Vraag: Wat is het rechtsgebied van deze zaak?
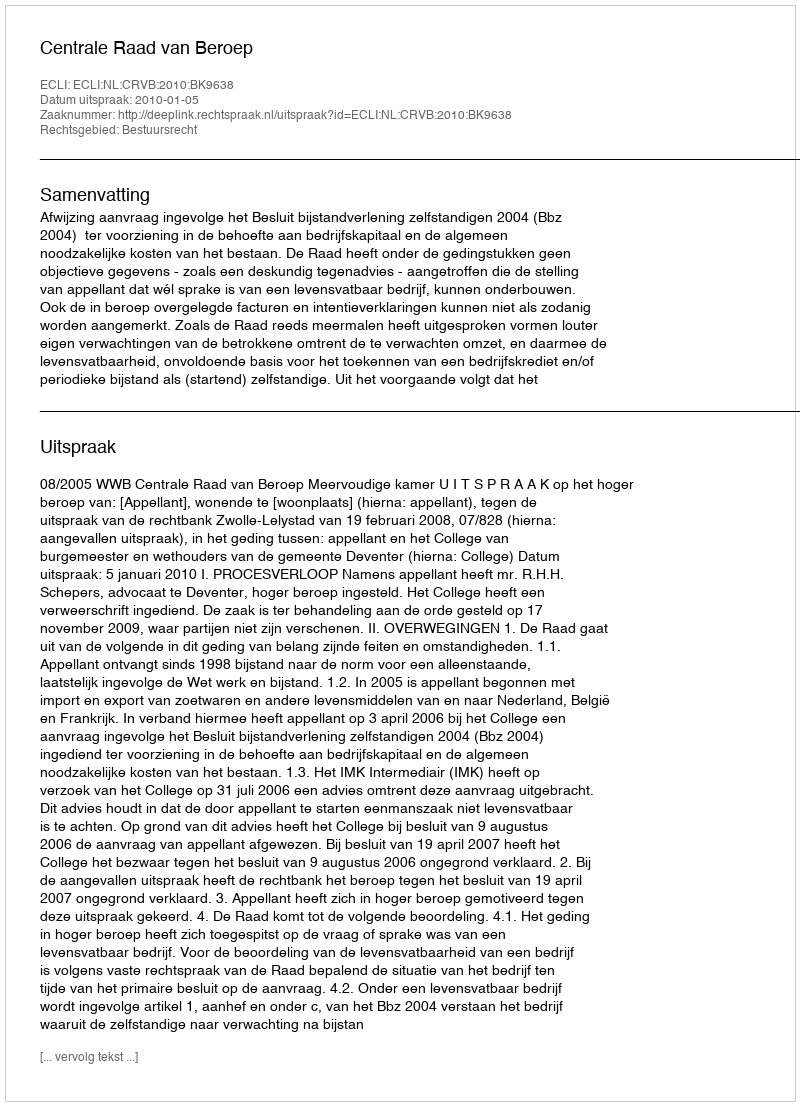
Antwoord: Bestuursrecht